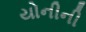
યોનીની